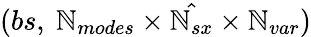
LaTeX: (bs,\ \mathbb{N}_{modes}\times\hat{{\mathbb{N}_{sx}}}\times\mathbb{N}_{var})